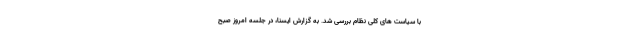
با سیاست های کلی نظام بررسی شد. به گزارش ایسنا، در جلسه امروز صبح